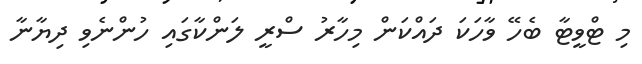
މި ޓްވީޓާ ބެހޭ ވާހަކަ ދައްކަން މިހާރު ސްރީ ލަންކާގައި ހުންނެވި ދިޔާނާ